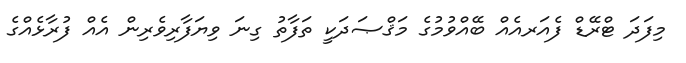
މިފަދަ ޓްރޭޑް ފެއަރއެއް ބޭއްވުމުގެ މަޤްޞަދަކީ ތަފާތު ގިނަ ވިޔަފާރިވެރިން އެއް ފުރާޅެއްގެ